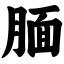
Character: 腼